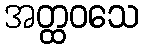
အတ္ထဝသေ